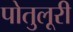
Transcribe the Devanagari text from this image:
पोतुलूरी